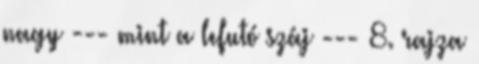
nagy --- mint a lefutó száj --- 8. rajza